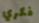
فكري